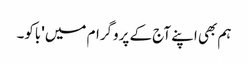
ہم بھی اپنے آج کے پروگرام میں 'باکو۔